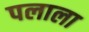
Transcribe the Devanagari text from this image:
पलाला